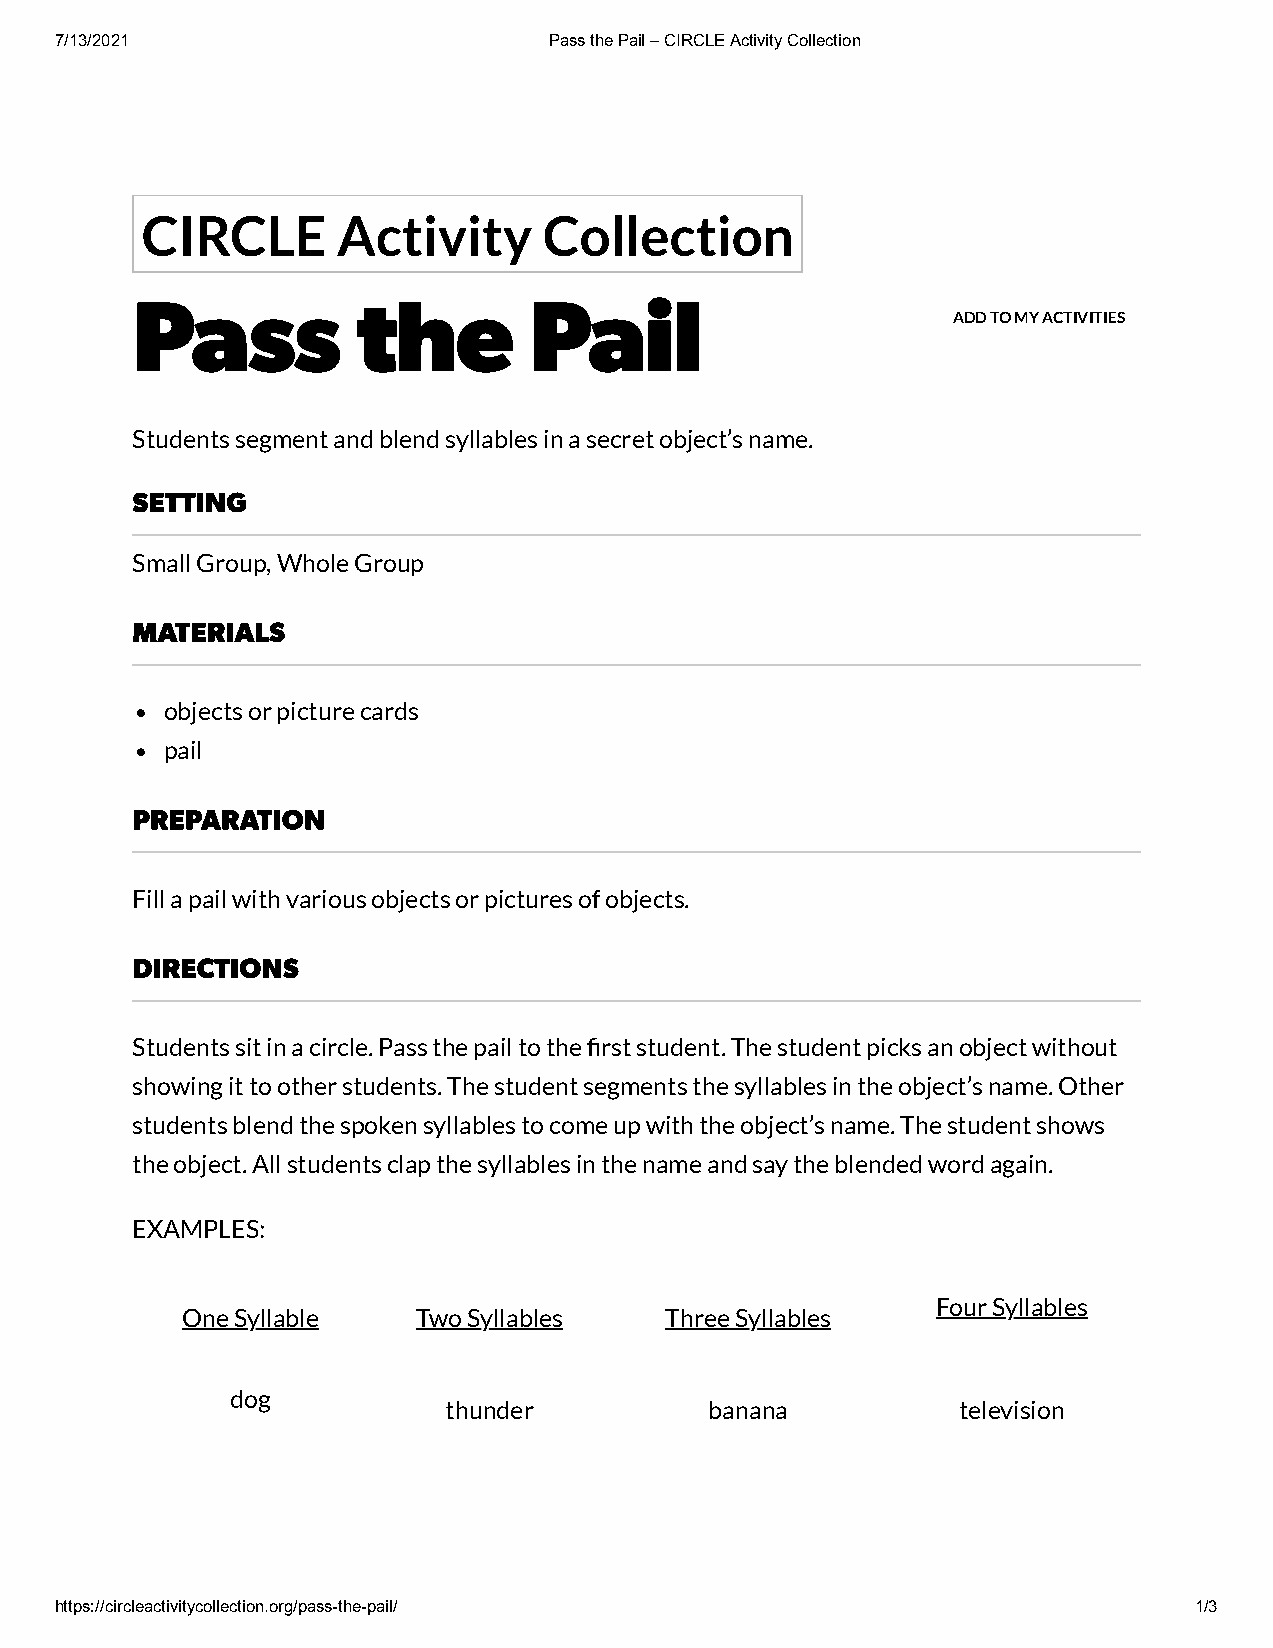
7/13/2021                       Pass the Pail – CIRCLE Activity Collection
 CIRCLE       Activity      Collection
 Pass           the        Pail
 ADD TO MY ACTIVITIES
 Students segment and blend syllables in a secret object’s name.
 SETTING
 Small Group, Whole Group
 MATERIALS
 objects or picture cards
 pail
 PREPARATION
 Fill a pail with various objects or pictures of objects.
 DIRECTIONS
 Students sit in a circle. Pass the pail to the first student. The student picks an object without
 showing it to other students. The student segments the syllables in the object’s name. Other
 students blend the spoken syllables to come up with the object’s name. The student shows
 the object. All students clap the syllables in the name and say the blended word again.
 EXAMPLES:
 Four Syllables
 One Syllable    Two Syllables   Three Syllables
 dog
 thunder           banana          television
 https://circleactivitycollection.org/pass-the-pail/                        1/3